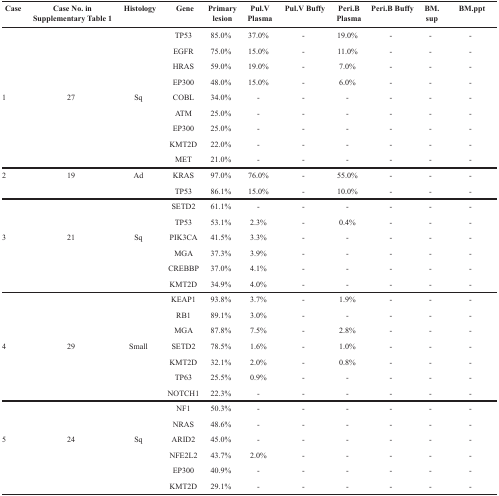
<table><thead><tr><td><b>Case</b></td><td><b>Case No. in Supplementary Table 1</b></td><td><b>Histology</b></td><td><b>Gene</b></td><td><b>Primary lesion</b></td><td><b>Pul.V Plasma</b></td><td><b>Pul.V Buffy</b></td><td><b>Peri.B Plasma</b></td><td><b>Peri.B Buffy</b></td><td><b>BM.sup</b></td><td><b>BM.ppt</b></td></tr></thead><tbody><tr><td></td><td></td><td></td><td>TP53</td><td>85.0%</td><td>37.0%</td><td>-</td><td>19.0%</td><td>-</td><td>-</td><td>-</td></tr><tr><td></td><td></td><td></td><td>EGFR</td><td>75.0%</td><td>15.0%</td><td>-</td><td>11.0%</td><td>-</td><td>-</td><td>-</td></tr><tr><td></td><td></td><td></td><td>HRAS</td><td>59.0%</td><td>19.0%</td><td>-</td><td>7.0%</td><td>-</td><td>-</td><td>-</td></tr><tr><td></td><td></td><td></td><td>EP300</td><td>48.0%</td><td>15.0%</td><td>-</td><td>6.0%</td><td>-</td><td>-</td><td>-</td></tr><tr><td>1</td><td>27</td><td>Sq</td><td>COBL</td><td>34.0%</td><td>-</td><td>-</td><td>-</td><td>-</td><td>-</td><td>-</td></tr><tr><td></td><td></td><td></td><td>ATM</td><td>25.0%</td><td>-</td><td>-</td><td>-</td><td>-</td><td>-</td><td>-</td></tr><tr><td></td><td></td><td></td><td>EP300</td><td>25.0%</td><td>-</td><td>-</td><td>-</td><td>-</td><td>-</td><td>-</td></tr><tr><td></td><td></td><td></td><td>KMT2D</td><td>22.0%</td><td>-</td><td>-</td><td>-</td><td>-</td><td>-</td><td>-</td></tr><tr><td></td><td></td><td></td><td>MET</td><td>21.0%</td><td>-</td><td>-</td><td>-</td><td>-</td><td>-</td><td>-</td></tr><tr><td>2</td><td>19</td><td>Ad</td><td>KRAS</td><td>97.0%</td><td>76.0%</td><td>-</td><td>55.0%</td><td>-</td><td>-</td><td>-</td></tr><tr><td></td><td></td><td></td><td>TP53</td><td>86.1%</td><td>15.0%</td><td>-</td><td>10.0%</td><td>-</td><td>-</td><td>-</td></tr><tr><td></td><td></td><td></td><td>SETD2</td><td>61.1%</td><td>-</td><td>-</td><td>-</td><td>-</td><td>-</td><td>-</td></tr><tr><td></td><td></td><td></td><td>TP53</td><td>53.1%</td><td>2.3%</td><td>-</td><td>0.4%</td><td>-</td><td>-</td><td>-</td></tr><tr><td>3</td><td>21</td><td>Sq</td><td>PIK3CA</td><td>41.5%</td><td>3.3%</td><td>-</td><td>-</td><td>-</td><td>-</td><td>-</td></tr><tr><td></td><td></td><td></td><td>MGA</td><td>37.3%</td><td>3.9%</td><td>-</td><td>-</td><td>-</td><td>-</td><td>-</td></tr><tr><td></td><td></td><td></td><td>CREBBP</td><td>37.0%</td><td>4.1%</td><td>-</td><td>-</td><td>-</td><td>-</td><td>-</td></tr><tr><td></td><td></td><td></td><td>KMT2D</td><td>34.9%</td><td>4.0%</td><td>-</td><td>-</td><td>-</td><td>-</td><td>-</td></tr><tr><td></td><td></td><td></td><td>KEAP1</td><td>93.8%</td><td>3.7%</td><td>-</td><td>1.9%</td><td>-</td><td>-</td><td>-</td></tr><tr><td></td><td></td><td></td><td>RB1</td><td>89.1%</td><td>3.0%</td><td>-</td><td>-</td><td>-</td><td>-</td><td>-</td></tr><tr><td></td><td></td><td></td><td>MGA</td><td>87.8%</td><td>7.5%</td><td>-</td><td>2.8%</td><td>-</td><td>-</td><td>-</td></tr><tr><td>4</td><td>29</td><td>Small</td><td>SETD2</td><td>78.5%</td><td>1.6%</td><td>-</td><td>1.0%</td><td>-</td><td>-</td><td>-</td></tr><tr><td></td><td></td><td></td><td>KMT2D</td><td>32.1%</td><td>2.0%</td><td>-</td><td>0.8%</td><td>-</td><td>-</td><td>-</td></tr><tr><td></td><td></td><td></td><td>TP63</td><td>25.5%</td><td>0.9%</td><td>-</td><td>-</td><td>-</td><td>-</td><td>-</td></tr><tr><td></td><td></td><td></td><td>NOTCH1</td><td>22.3%</td><td>-</td><td>-</td><td>-</td><td>-</td><td>-</td><td>-</td></tr><tr><td></td><td></td><td></td><td>NF1</td><td>50.3%</td><td>-</td><td>-</td><td>-</td><td>-</td><td>-</td><td>-</td></tr><tr><td></td><td></td><td></td><td>NRAS</td><td>48.6%</td><td>-</td><td>-</td><td>-</td><td>-</td><td>-</td><td>-</td></tr><tr><td>5</td><td>24</td><td>Sq</td><td>ARID2</td><td>45.0%</td><td>-</td><td>-</td><td>-</td><td>-</td><td>-</td><td>-</td></tr><tr><td></td><td></td><td></td><td>NFE2L2</td><td>43.7%</td><td>2.0%</td><td>-</td><td>-</td><td>-</td><td>-</td><td>-</td></tr><tr><td></td><td></td><td></td><td>EP300</td><td>40.9%</td><td>-</td><td>-</td><td>-</td><td>-</td><td>-</td><td>-</td></tr><tr><td></td><td></td><td></td><td>KMT2D</td><td>29.1%</td><td>-</td><td>-</td><td>-</td><td>-</td><td>-</td><td>-</td></tr></tbody></table>